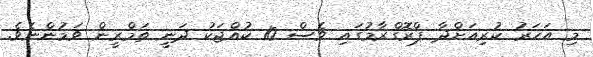
މި އަހަރު ކުރިއަށްދާ ޕްރޮގްރާމުގައި ވެސް 10 ކުއްޖަކު ދަނީ ތަމްރީން ވަމުންނެވެ.